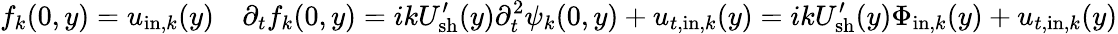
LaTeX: f_{k}(0,y)=u_{\mathrm{in},k}(y)\quad\partial_{t}f_{k}(0,y)=ikU_{\mathrm{sh}}^{\prime}(y)\partial_{t}^{2}\psi_{k}(0,y)+u_{t,\mathrm{in},k}(y)=ikU_{\mathrm{sh}}^{\prime}(y)\Phi_{\mathrm{in},k}(y)+u_{t,\mathrm{in},k}(y)